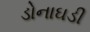
ડોનાઘડી